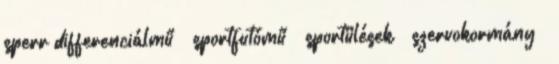
sperr differenciálmű – sportfutómű – sportülések – szervokormány –